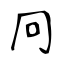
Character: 冋